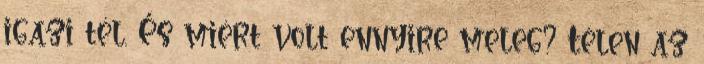
igazi tél. És miért volt ennyire meleg? Télen az